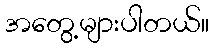
အတွေ့များပါတယ်။